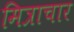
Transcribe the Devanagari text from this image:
मित्राचार